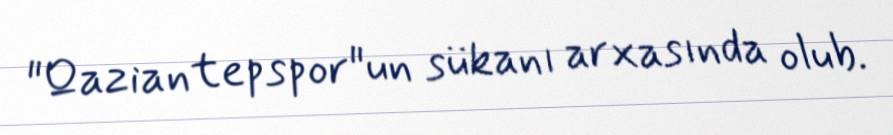
"Qaziantepspor"un sükanı arxasında olub.